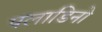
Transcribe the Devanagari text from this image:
पलाडिनो